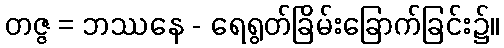
တဇ္ဇ = ဘဿနေ - ရေရွတ်ခြိမ်းခြောက်ခြင်း၌။